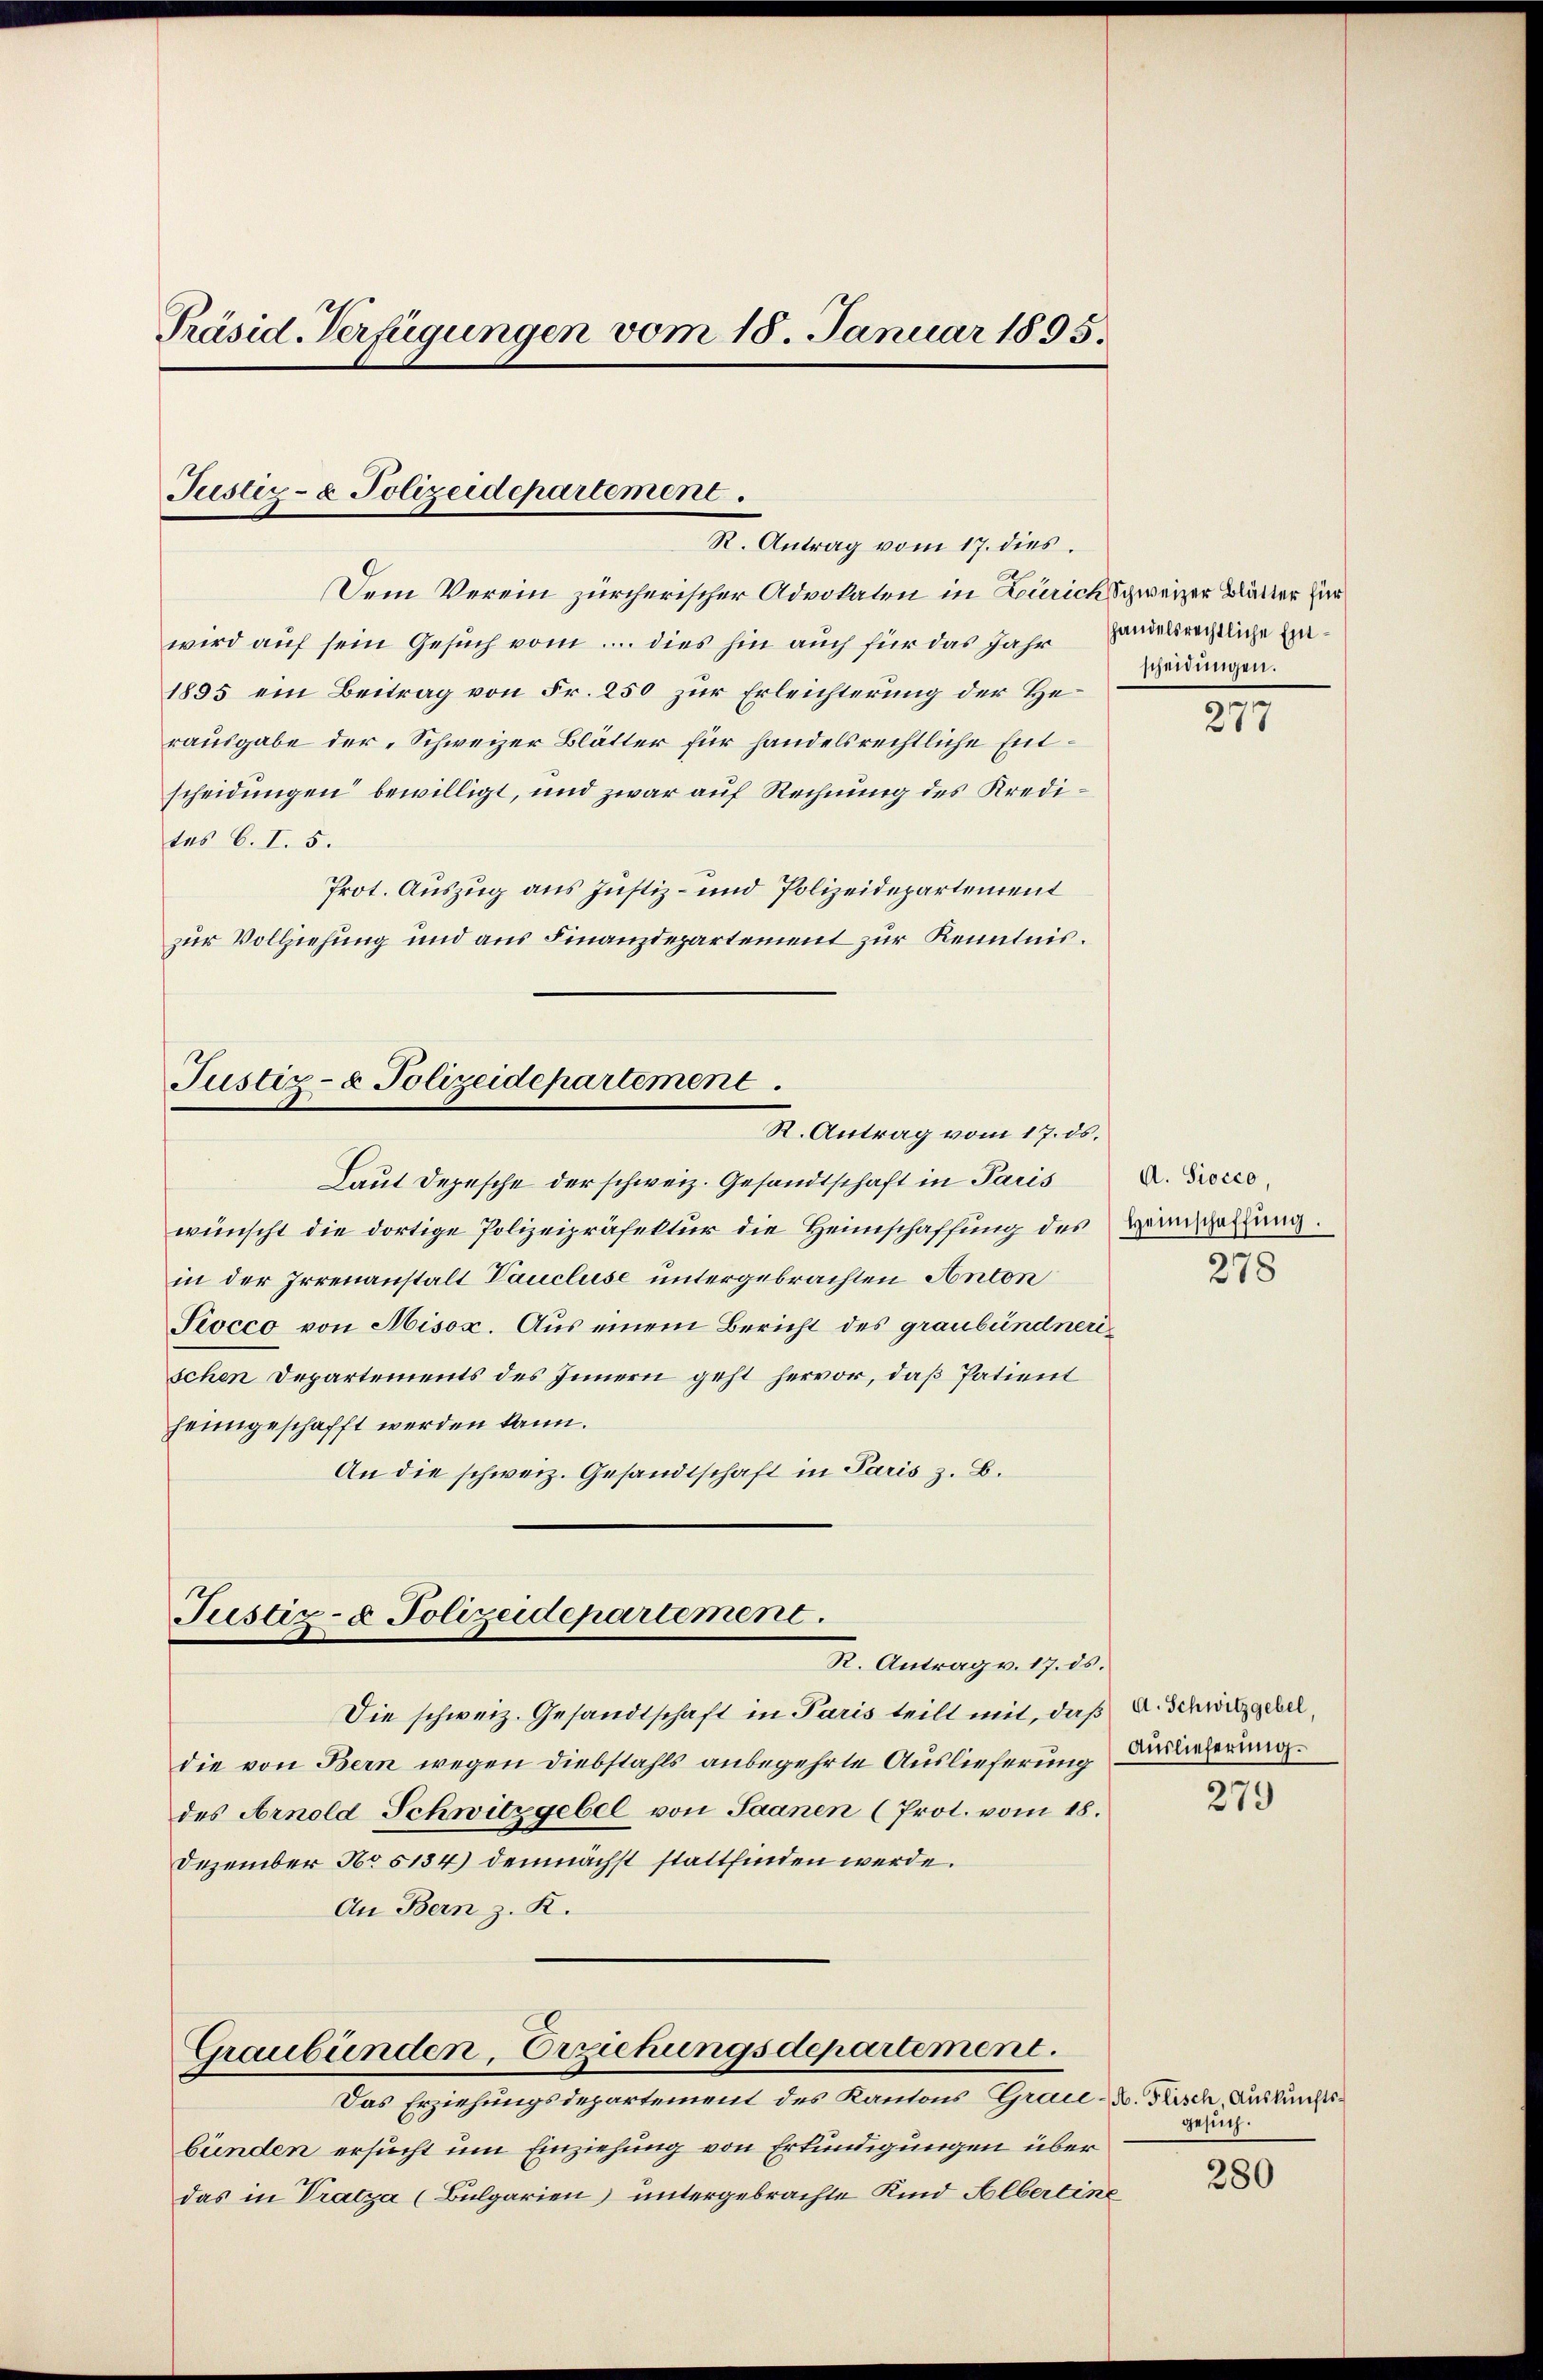
Präsid. Verfügungen vom 15. Januar 1895.

Justiz- & Polizeidepartement.
R. Antrag vom 17. dies

Dem Verein zürcherischer Advokaten in Zürich schweizer Blätter zur
wird auf sein Gesuch vom 5. dies hin auch für das Jahr
1895 ein Beitrag von Fr. 250 zur Erleichterung der Herausgabe der „Schweizer Blätter für handelsrechtliche Entscheidungen bewilligt, und zwar auf Rechnung des Kreditas b. I. 5.
Prot. Auszug aus Justiz- und Polizeidepartement
zur Vollziehung und aus Finanzdepartement zur Kenntnis.

Justiz- & Polizeidepartement
R. Antrag vom 17. ds.

Justiz- & Polizeidepartement.
R. Antrag v. 17. ds.

Laut Depesche der schweiz. Gesandtschaft in Paris
wünscht die dortige Polizeipräfektur die Heimschaffung des
in der Irrenanstalt Paucluse untergebrachten Anton
Siocco von Misox. Aus einem Bericht des graubündnerischen Departements des Innern geht hervor, daß Patient
heimgeschafft werden kann.
An die schweiz. Gesandtschaft in Paris z. B.

Graubünden, Erziehungsdepartement.
Das Erziehungsdepartement des Kantons Grau- u. Fisch, Auskunfts¬

Die schweiz. Gesandtschaft in Paris teilt mit, daß A. Schwitzgeber,
die von Bern wegen Diebstahls anbegehrte Auslieferung
des Arnold Schwitzgebel von Saanen (Prot. vom 18.
Dezember No 5134) demnächst stattfinden werde.
An Bern z. K.

bünden ersucht um Einziehung von Erkundigungen über
das in Pratza (Bulgarien) untergebrachte Kind Albertine

handelsrechtliche Entscheidungen.

277

A. Siocco
Heimschaffung.
278

Auslieferung.

279

gesuch.

280